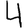
Digit: 4